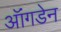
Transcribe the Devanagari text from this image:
ऑंगडेन